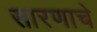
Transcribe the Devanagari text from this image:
सारणाचे